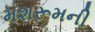
મશરૂમની